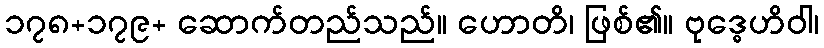
၁၇၈+၁၇၉+ ဆောက်တည်သည်။ ဟောတိ၊ ဖြစ်၏။ ဗုဒ္ဓေဟိဝါ၊